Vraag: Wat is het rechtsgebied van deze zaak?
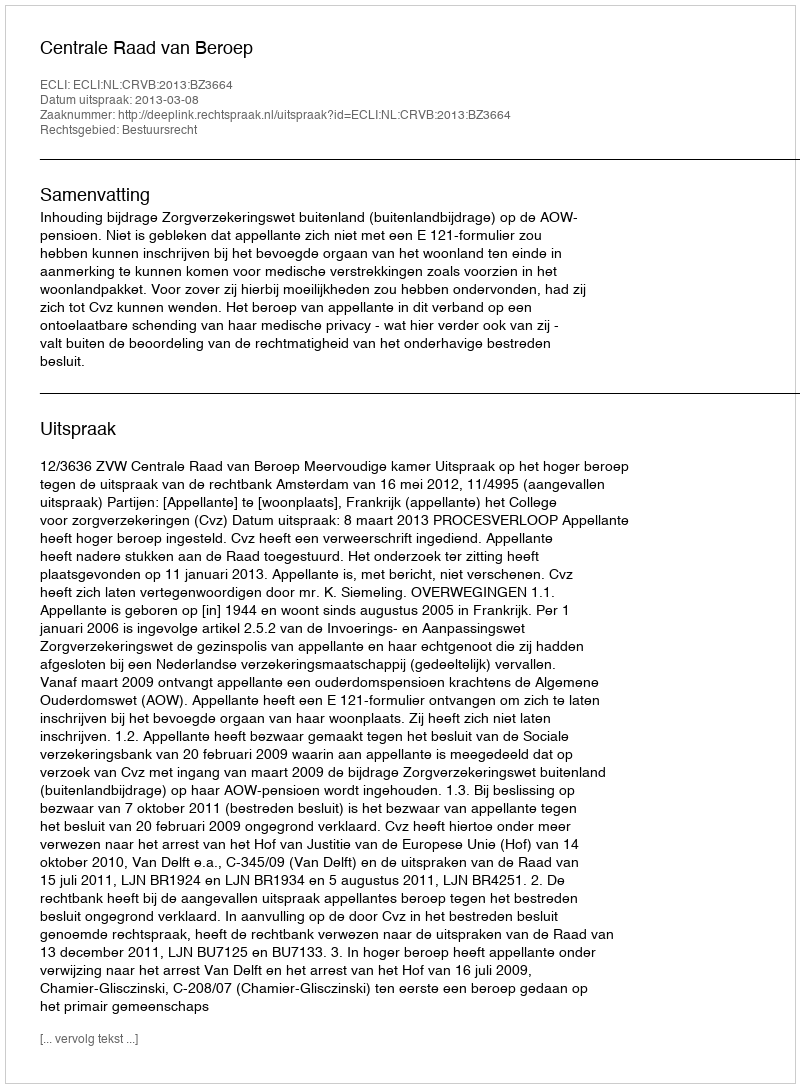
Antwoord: Bestuursrecht